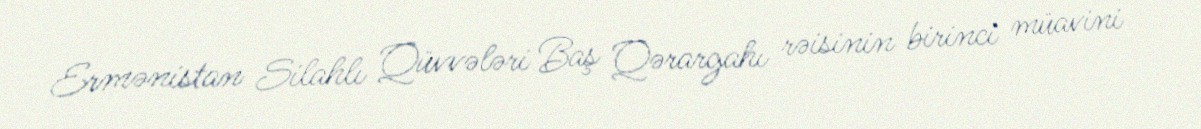
Ermənistan Silahlı Qüvvələri Baş Qərargahı rəisinin birinci müavini